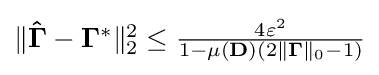
{\textstyle \|\mathbf {{\hat {\Gamma }}-\Gamma ^{*}} \|_{2}^{2}\leq {\frac {4\varepsilon ^{2}}{1-\mu (\mathbf {D} )(2\|\mathbf {\Gamma } \|_{0}-1)}}}